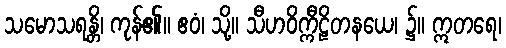
သမောသရန္တိ၊ ကုန်၏။ ဧဝံ၊ သို့။ သီဟဝိက္ကီဠိတနယေ၊ ၌။ ဣတရေ၊